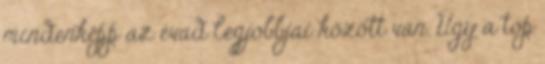
mindenképp az évad legjobbjai között van. Úgy a top